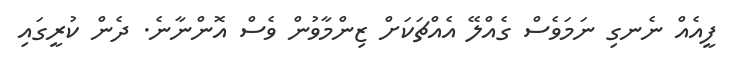
ފީއެއް ނެނގި ނަަމަވެސް ގެއްލޭ އެއްޗަކަށް ޒިންމާވުން ވެސް އޮންނާނެ. ދެން ކުރީގައި